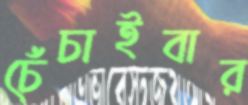
চেঁচাইবার